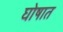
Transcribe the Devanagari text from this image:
घोषात